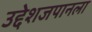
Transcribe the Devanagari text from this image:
उद्देशजपानला